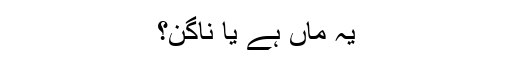
یہ ماں ہے یا ناگن؟